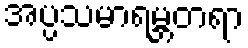
အပ္ပသမာရမ္ဘတရာ